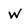
Character: w